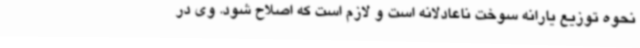
نحوه توزیع یارانه سوخت ناعادلانه است و لازم است که اصلاح شود. وی در